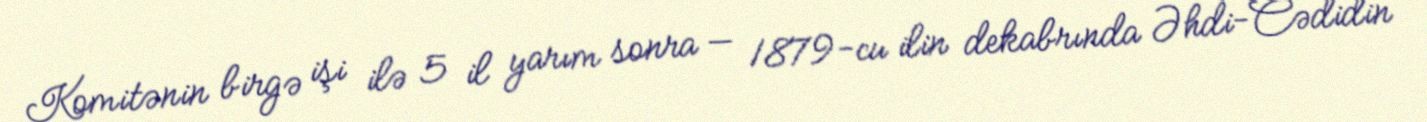
Komitənin birgə işi ilə 5 il yarım sonra — 1879-cu ilin dekabrında Əhdi-Cədidin